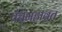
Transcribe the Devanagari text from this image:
पंचमहाव्रत